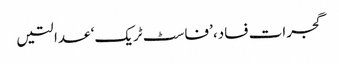
گجرات فساد، ’فاسٹ ٹریک‘ عدالتیں